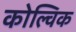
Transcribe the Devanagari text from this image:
कोल्विक